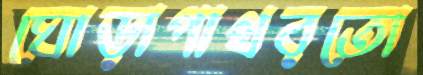
ঘোড়াপাথরতো